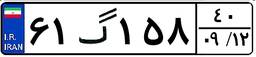
۶۱گ۱۵۸۴۰